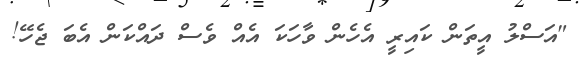
"އަސްލު އީތަން ކައިރީ އެހެން ވާހަކަ އެއް ވެސް ދައްކަން އެބަ ޖެހޭ!